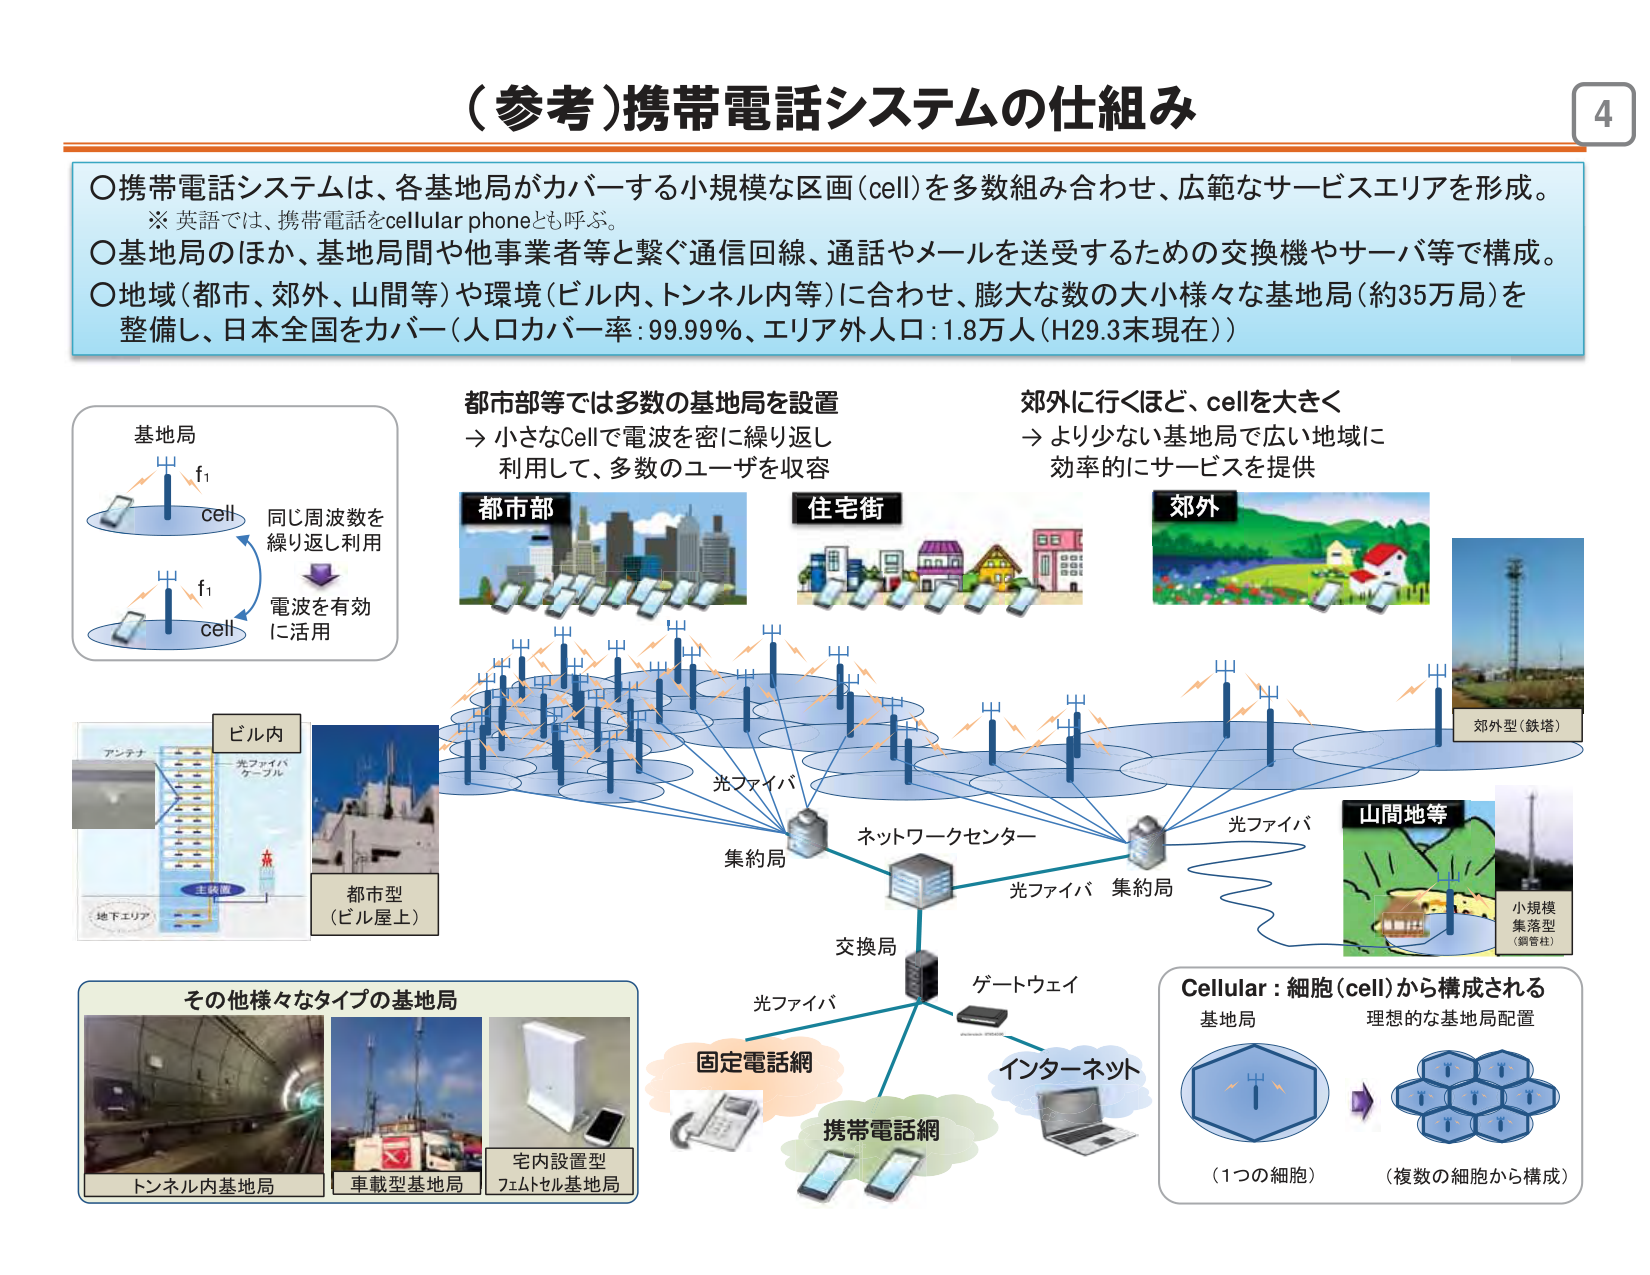
（参考）携帯電話システムの仕組み

○携帯電話システムは、各基地局がカバーする小規模な区画（cell）を多数組み合わせ、広範なサービスエリアを形成。
※ 英語では、携帯電話をcellular phoneとも呼ぶ。
○基地局のほか、基地局間や他事業者等と繋ぐ通信回線、通話やメールを送受するための交換機やサーバ等で構成。
○地域（都市、郊外、山間等）や環境（ビル内、トンネル内等）に合わせ、膨大な数の大小様々な基地局（約35万局）を整備し、日本全国をカバー（人口カバー率：99.99％、エリア外人口：1.8万人（H29.3末現在））

都市部等では多数の基地局を設置
→ 小さなCellで電波を密に繰り返し利用して、多数のユーザを収容

郊外に行くほど、cellを大きく
→ より少ない基地局で広い地域に効率的にサービスを提供

基地局
f₁
cell
同じ周波数を繰り返し利用
電波を有効に活用

都市部
住宅街
郊外

ビル内
アンテナ
光ファイバケーブル
主装置
地下エリア
都市型（ビル屋上）

光ファイバ
集約局
ネットワークセンター
光ファイバ
集約局
交換局
ゲートウェイ
光ファイバ
固定電話網
携帯電話網
インターネット

その他様々なタイプの基地局
トンネル内基地局
車載型基地局
宅内設置型フェムトセル基地局

Cellular：細胞（cell）から構成される
基地局
理想的な基地局配置
（1つの細胞）
（複数の細胞から構成）

郊外型（鉄塔）
山間地等
小規模集落型（鋼管柱）